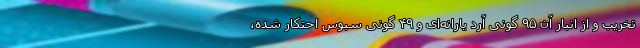
تخریب و از انبار آن ۹۵ گونی آرد یارانه‌ای و ۴۹ گونی سبوس احتکار شده،